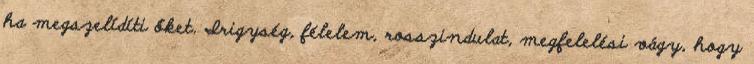
ha megszelídíti őket. Irigység, félelem, rosszindulat, megfelelési vágy, hogy